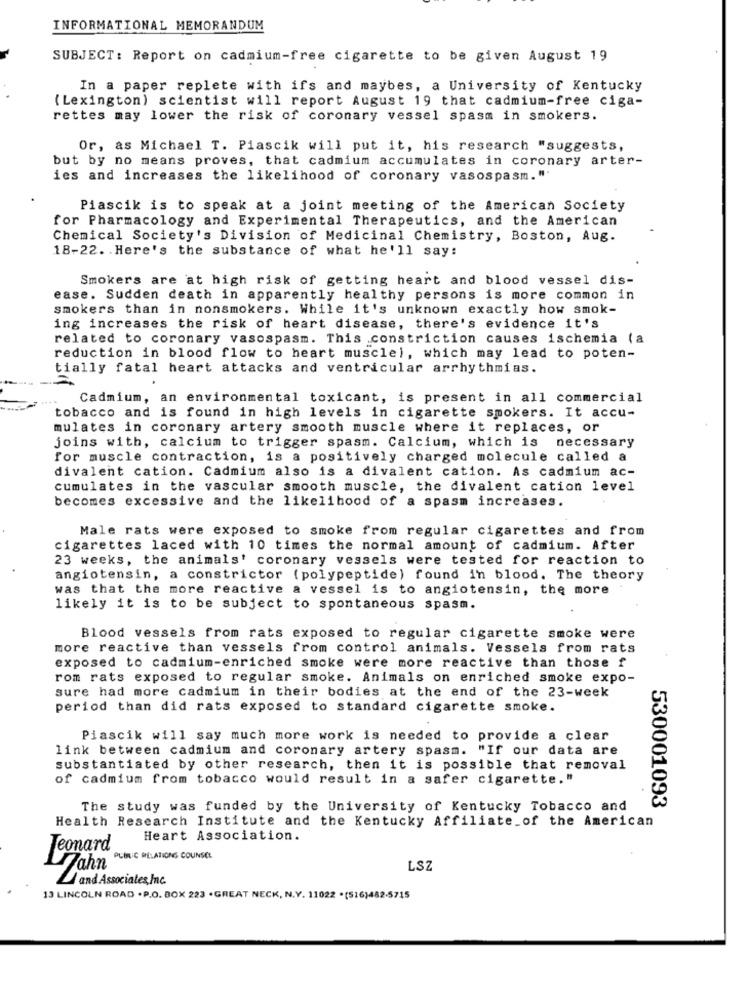
INFORMATIONAL MEMORANDUM
SUBJECT: Report on cadmium-free cigarette to be given August 19
In a paper replete with ifs and maybes, a University of Kentucky
( Lexington) scientist will report August 19 that cadmium-free ciga-
rettes may lower the risk of coronary vessel spasm in smokers.
Or, as Michael T. Piascik will put it, his research "suggests,
but by no means proves, that cadmium accumulates in coronary arter-
ies and increases the likelihood of coronary vasospasm."
Piascik is to speak at a joint meeting of the American Society
for Pharmacology and Experimental Therapeutics, and the American
Chemical Society's Division of Medicinal Chemistry, Boston, Aug.
18-22. Here's the substance of what he'll say:
Smokers are at high risk of getting heart and blood vessel dis-
ease. Sudden death in apparently healthy persons is more common in
smokers than in nonsmokers. While it's unknown exactly how smok-
ing increases the risk of heart disease, there's evidence it's
related to coronary vasospasm. This constriction causes ischemia (a
reduction in blood flow to heart muscle), which may lead to poten-
tially fatal heart attacks and ventricular arrhythmias.
Cadmium, an environmental toxicant, is present in all commercial
tobacco and is found in high levels in cigarette smokers. It accu-
mulates in coronary artery smooth muscle where it replaces, or
joins with, calcium to trigger spasm. Calcium, which is
necessary
for muscle contraction, is a positively charged molecule called a
divalent cation. Cadmium also is a divalent cation. As cadmium ac-
cumulates in the vascular smooth muscle, the divalent cation level
becomes excessive and the likelihood of a spasm increases.
Male rats were exposed to smoke from regular cigarettes and from
cigarettes laced with 10 times the normal amount of cadmium. After
23 weeks, the animals' coronary vessels were tested for reaction to
angiotensin, a constrictor (polypeptide) found in blood. The theory
was that the more reactive a vessel is to angiotensin, the more
likely it is to be subject to spontaneous spasm.
Blood vessels from rats exposed to regular cigarette smoke were
more reactive than vessels from control animals. Vessels from rats
exposed to cadmium-enriched smoke were more reactive than those f
rom rats exposed to regular smoke. Animals on enriched smoke expo-
sure had more cadmium in their bodies at the end of the 23-week
period than did rats exposed to standard cigarette smoke.
Piascik will say much more work is needed to provide a clear
link between cadmium and coronary artery spasm. "If our data are
substantiated by other research, then it is possible that removal
of cadmium from tobacco would result in a safer cigarette."
The study was funded by the University of Kentucky Tobacco and
530001093
Health Research Institute and the Kentucky Affiliate_of the American
Heart Association.
Teonard
PUBLIC RELATIONS COUNSEL
LSZ
and Associates, Inc.
13 LINCOLN ROAD . P.O. BOX 223 . GREAT NECK, N.Y. 11022 .(516)482-5715